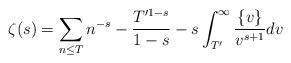
LaTeX: \begin{align*} \zeta(s) = \sum_{n \le T} n^{-s} -\frac{T'^{1-s}}{1-s}-s\int_{T'}^{\infty}\frac{\{v\}}{v^{s+1}}dv\end{align*}